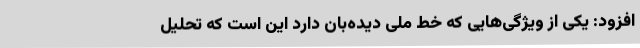
افزود: یکی از ویژگی‌هایی که خط ملی دیده‌بان دارد این است که تحلیل